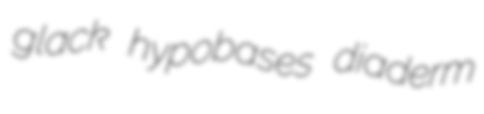
glack hypobases diaderm